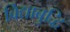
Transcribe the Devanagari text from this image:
विद्याबुद्धि